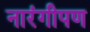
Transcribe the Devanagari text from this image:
नारंगीपण